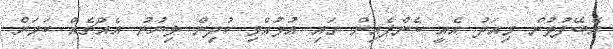
އެބޭފުޅުން މިއަދު އެއީ ކެންޕެއިން ގައި އުޅުއްވި ކުދިން ލިޔުނު އެއްޗެއް ކަމަށް